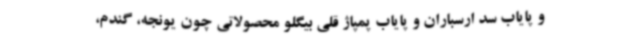
و پایاب سد ارسباران و پایاب پمپاژ قلی بیگلو محصولاتی چون یونجه، گندم،